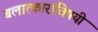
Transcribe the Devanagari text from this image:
बलात्कारांविषयी